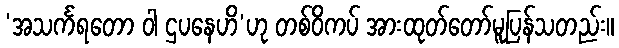
‘အသင်္ကရတော ဝါ ဌပနေဟိ’ဟု တစ်ဝိကပ် အားထုတ်တော်မူပြန်သတည်း။